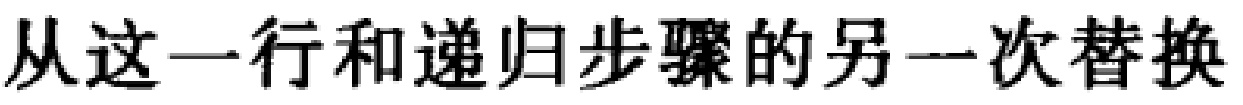
从这一行和递归步骤的另一次替换